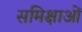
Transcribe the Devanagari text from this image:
समिक्षाओं